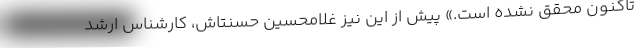
تاکنون محقق نشده است.» پیش از این نیز غلامحسین حسنتاش، کارشناس ارشد